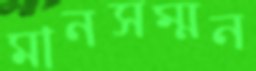
মানসম্মন